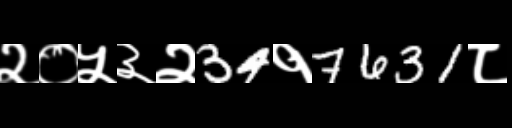
Text: २०५३२34१7631८